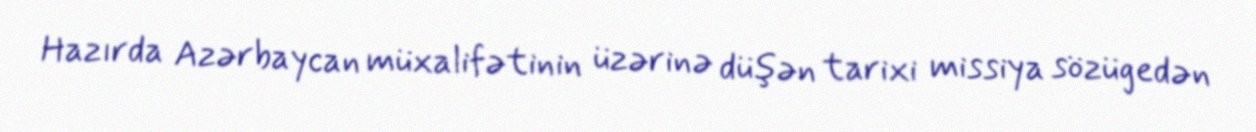
Hazırda Azərbaycan müxalifətinin üzərinə düşən tarixi missiya sözügedən